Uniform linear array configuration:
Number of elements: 32
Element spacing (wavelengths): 0.5
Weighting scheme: cosine
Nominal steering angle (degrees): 15
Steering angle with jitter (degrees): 14.656
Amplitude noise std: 0.05
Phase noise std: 0.05

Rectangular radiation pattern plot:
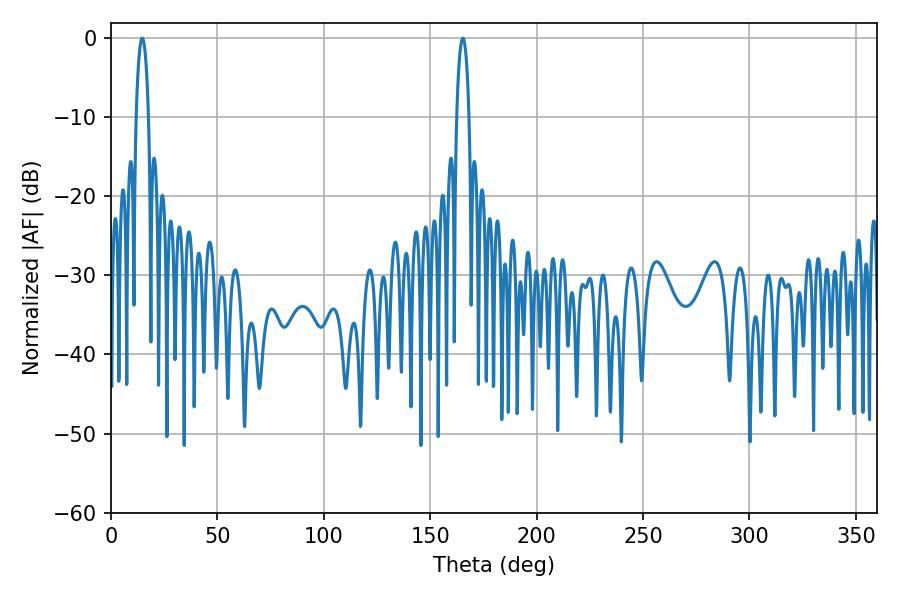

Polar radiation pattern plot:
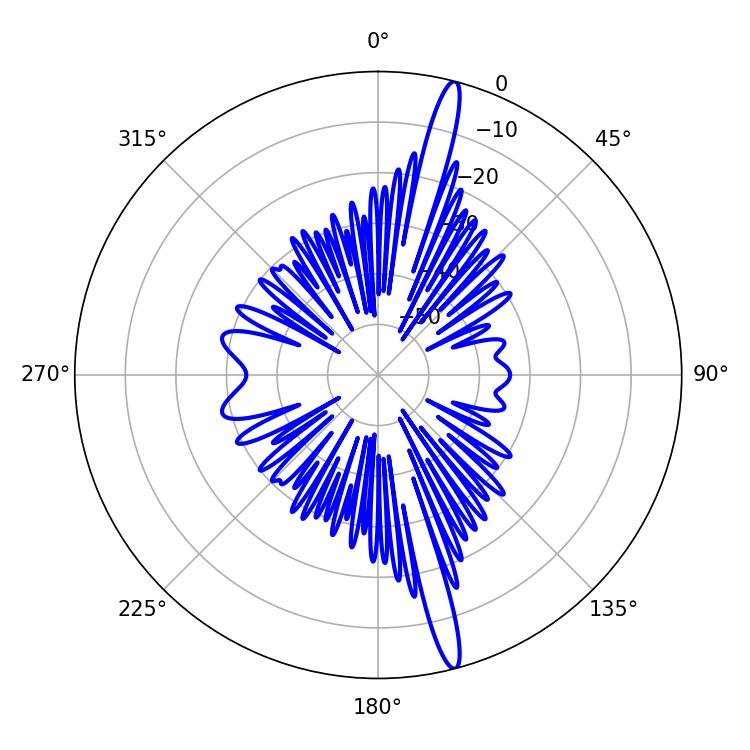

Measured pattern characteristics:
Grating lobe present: FALSE
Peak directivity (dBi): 17.915
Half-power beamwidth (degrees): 3.24
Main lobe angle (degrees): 14.76